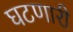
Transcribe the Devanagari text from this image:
घटणारी